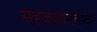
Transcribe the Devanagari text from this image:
सहजज्ञानवादी